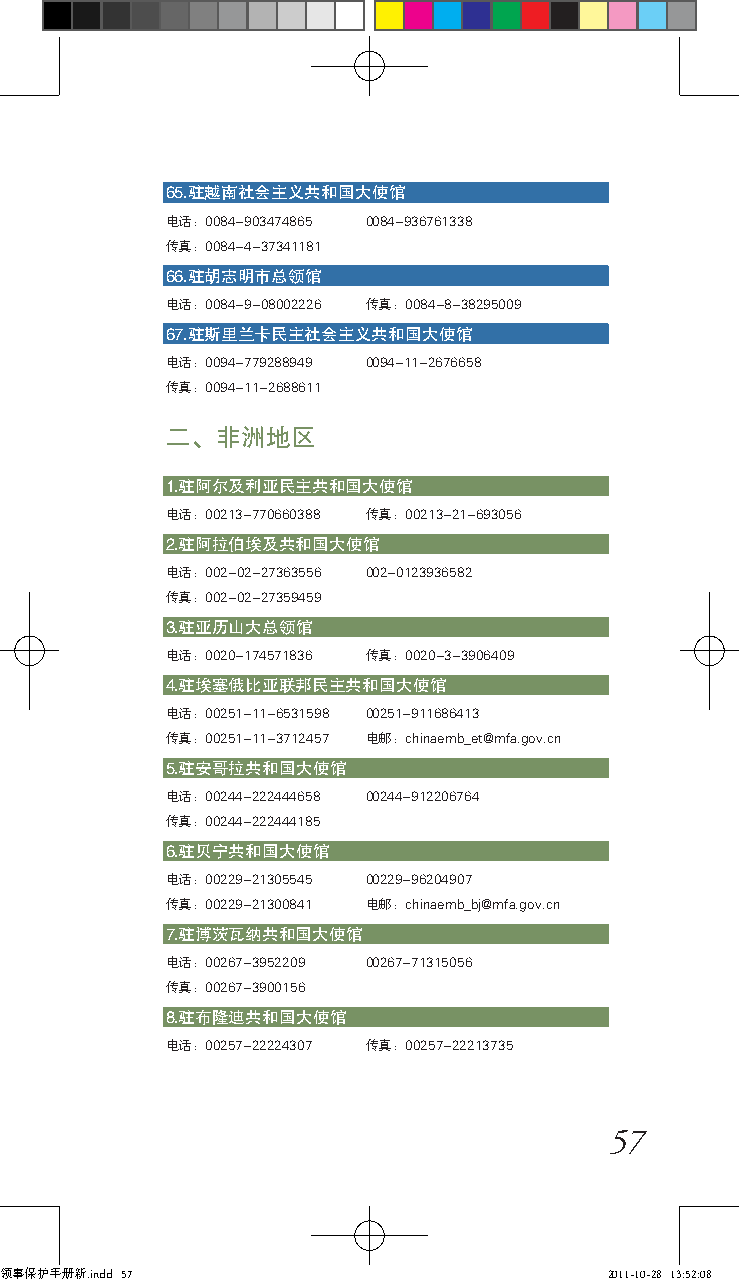
65.驻越南社会主义共和国大使馆
 电话：0084-903474865 0084-936761338
 传真：0084-4-37341181
 66.驻胡志明市总领馆
 电话：0084-9-08002226 传真：0084-8-38295009
 67.驻斯里兰卡民主社会主义共和国大使馆
 电话：0094-779288949 0094-11-2676658
 传真：0094-11-2688611
 二、非洲地区
 1.驻阿尔及利亚民主共和国大使馆
 电话：00213-770660388 传真：00213-21-693056
 2.驻阿拉伯埃及共和国大使馆
 电话：002-02-27363556 002-0123936582
 传真：002-02-27359459
 3.驻亚历山大总领馆
 电话：0020-174571836 传真：0020-3-3906409
 4.驻埃塞俄比亚联邦民主共和国大使馆
 电话：00251-11-6531598 00251-911686413
 传真：00251-11-3712457 电邮：chinaemb_et@mfa.gov.cn
 5.驻安哥拉共和国大使馆
 电话：00244-222444658 00244-912206764
 传真：00244-222444185
 6.驻贝宁共和国大使馆
 电话：00229-21305545 00229-96204907
 传真：00229-21300841 电邮：chinaemb_bj@mfa.gov.cn
 7.驻博茨瓦纳共和国大使馆
 电话：00267-3952209 00267-71315056
 传真：00267-3900156
 8.驻布隆迪共和国大使馆
 电话：00257-22224307 传真：00257-22213735
 57
 领事保护手册新.indd 57                         2011-10-28 13:52:08